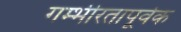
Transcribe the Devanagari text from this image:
गम्भीरतापूर्वक